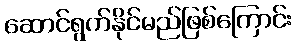
ဆောင်ရွက်နိုင်မည်ဖြစ်ကြောင်း